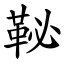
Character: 䩛